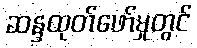
ဆန္ဒထုတ်ဖော်မှုတွင်